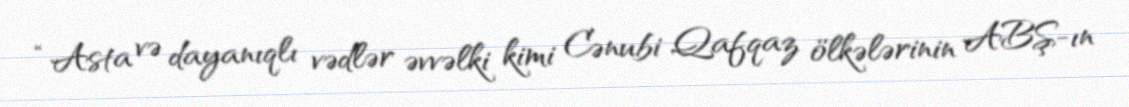
“Asta və dayanıqlı vədlər əvvəlki kimi Cənubi Qafqaz ölkələrinin ABŞ-ın